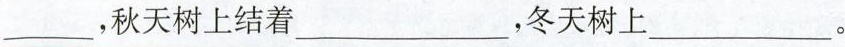
___，秋天树上结着___，冬天树上___。